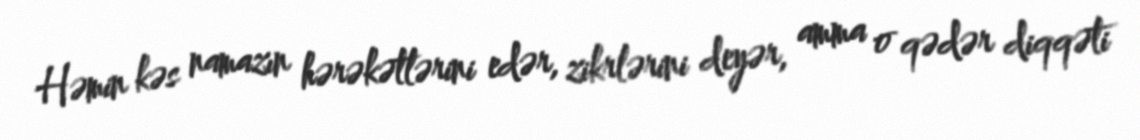
Həmin kəs namazın hərəkətlərini edər, zikrlərini deyər, amma o qədər diqqəti